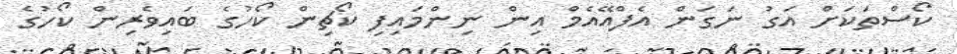
ކޯސްތަކަށް އަގު ނަގަން އެފްއޭއެމް އިން ނިންމައިފި ކޯޗިން ކޯހުގެ ބައިވެރިން ކޯހުގެ